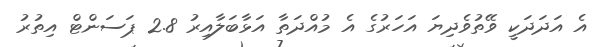
އެ އަދަދަކީ ވޭތުވެދިޔަ އަހަރުގެ އެ މުއްދަތާ އަޅާބަލާއިރު 2.8 ޕަސަންޓް އިތުރު